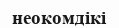
неокомдікі